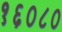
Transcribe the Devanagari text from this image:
१६०८०